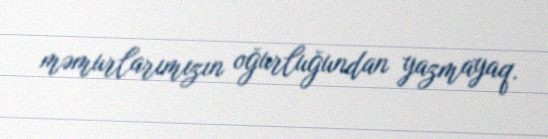
məmurlarımızın oğurluğundan yazmayaq.